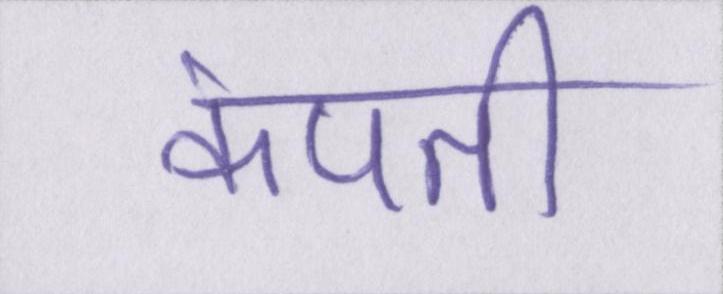
कंपती